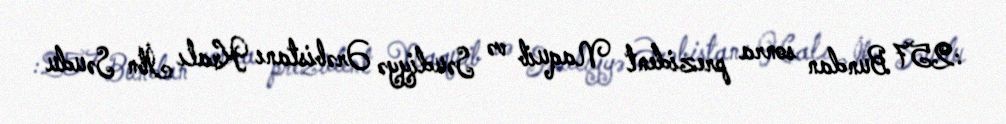
:257 Bundan sonra prezident Naquib və Səudiyyə Ərəbistanı Kralı İbn Səudu